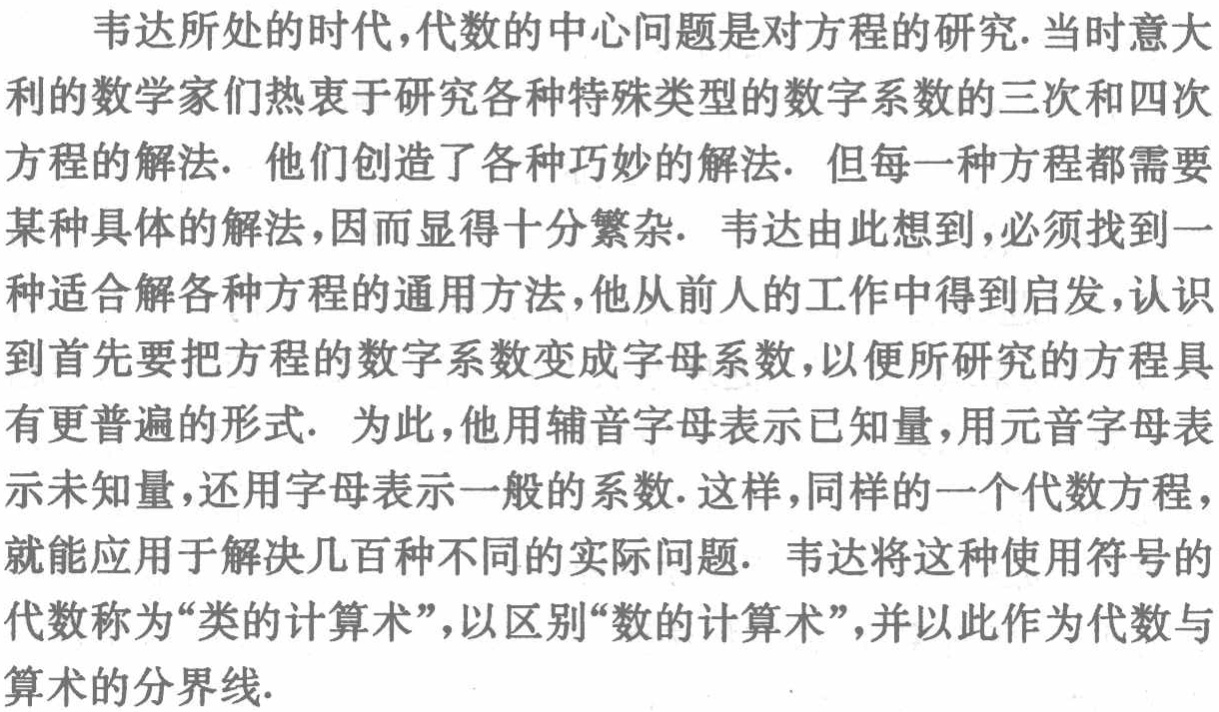
韦达所处的时代,代数的中心问题是对方程的研究. 当时意大利的数学家们热衷于研究各种特殊类型的数字系数的三次和四次方程的解法. 他们创造了各种巧妙的解法. 但每一种方程都需要某种具体的解法,因而显得十分繁杂. 韦达由此想到,必须找到一种适合解各种方程的通用方法,他从前人的工作中得到启发,认识到首先要把方程的数字系数变成字母系数,以便所研究的方程具有更普遍的形式. 为此,他用辅音字母表示已知量,用元音字母表示未知量,还用字母表示一般的系数. 这样,同样的一个代数方程,就能应用于解决几百种不同的实际问题. 韦达将这种使用符号的代数称为“类的计算术”,以区别“数的计算术”,并以此作为代数与算术的分界线.